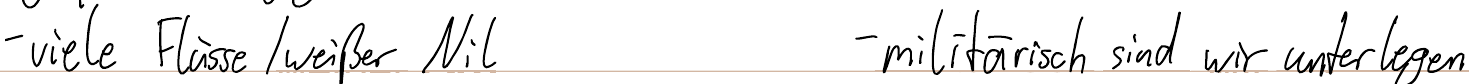
- viele Flüsse / weißer Nil    - militärisch sind wir unterlegen